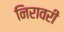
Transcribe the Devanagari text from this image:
निरावरी